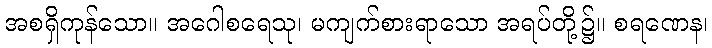
အစရှိကုန်သော။ အဂေါစရေသု၊ မကျက်စားရာသော အရပ်တို့၌။ စရဏေန၊